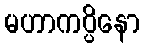
မဟာကပ္ပိနော